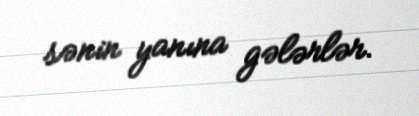
sənin yanına gələrlər.